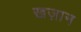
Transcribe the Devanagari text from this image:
खज़ान